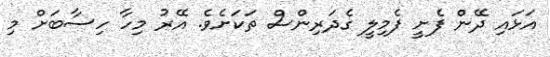
އަޅައި ދޭން ފެށީ ފެމިލީ ގެދަރިންސް ތަކަށެވެ. އޭރު މިހާ ހިސާބަށް މި